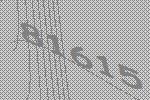
81615